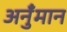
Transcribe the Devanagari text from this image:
अनुँमान